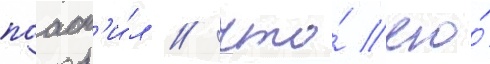
поасн'и́л / что́ его́